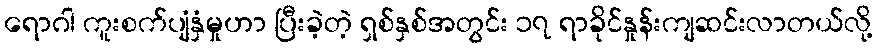
ရောဂါ ကူးစက်ပျံနှံမှုဟာ ပြီးခဲ့တဲ့ ရှစ်နှစ်အတွင်း ၁၇ ရာခိုင်နှုန်းကျဆင်းလာတယ်လို့